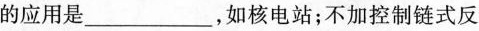
的应用是___，如核电站；不加控制链式反